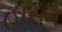
હાસન